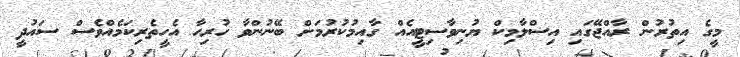
މީގެ އިތުރުން ރާއްޖޭގައި އިސްލާމިކް ޔުނިވާސިޓީއެއް ގާއިމުކުރުމަށް ބޭނުންވާ ހުރިހާ އެހީތެރިކަމެއްވެސް ސައުދީ